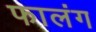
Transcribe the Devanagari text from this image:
फालंग